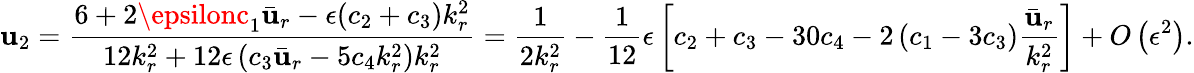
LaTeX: \mathbf{u}_{2}=\frac{{6+2\epsilonc_{1}\bar{{\mathbf{u}}}_{r}-\epsilon(c_{2}+c_{3})k_{r}^{2}}}{{12k_{r}^{2}+12\epsilon\left(c_{3}\bar{{\mathbf{u}}}_{r}-5c_{4}k_{r}^{2}\right)k_{r}^{2}}}=\frac{{1}}{{2k_{r}^{2}}}-\frac{{1}}{{12}}\epsilon\left[c_{2}+c_{3}-30c_{4}-2\left(c_{1}-3c_{3}\right)\frac{{\bar{{\mathbf{u}}}_{r}}}{{k_{r}^{2}}}\right]+O\left(\epsilon^{2}\right).